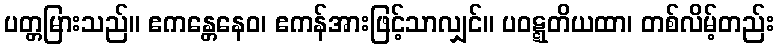
ပတ္တမြားသည်။ ဧကန္တေနေဝ၊ ဧကန်အားဖြင့်သာလျှင်။ ပဝဋ္ဋတိယထာ၊ တစ်လိမ့်တည်း